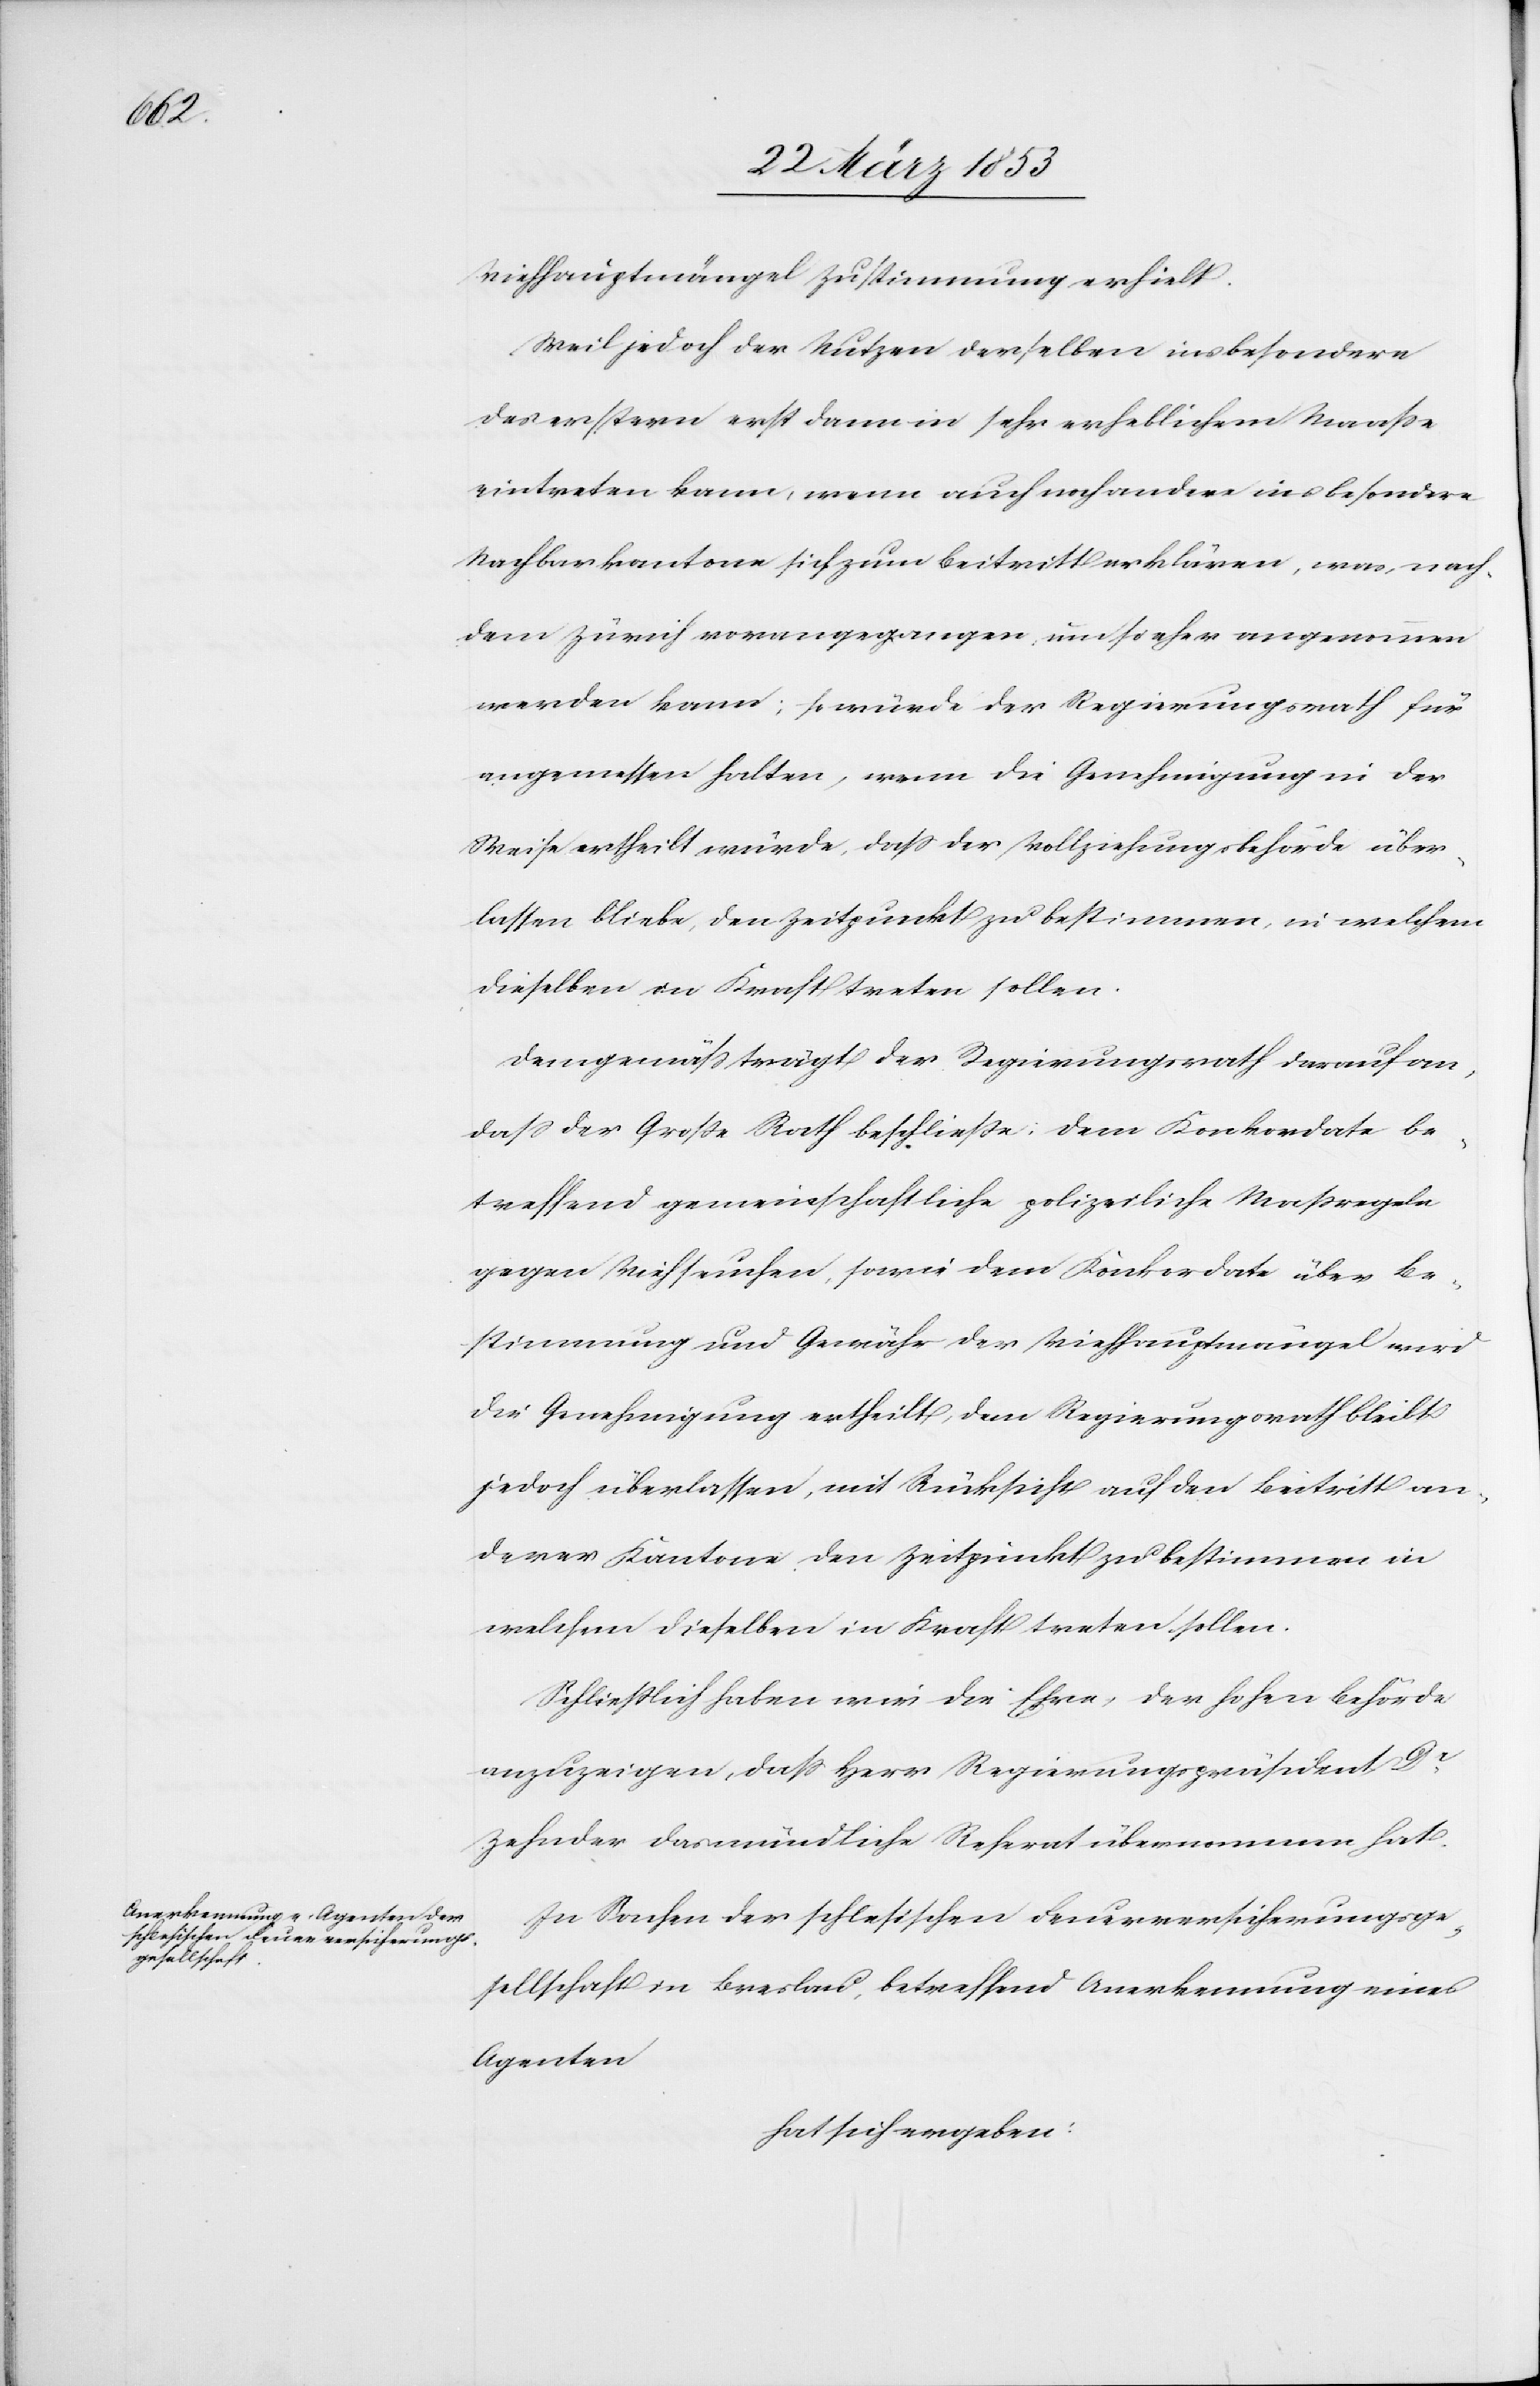
Viehhauptmängel Zustimmung erhielt.
Weil jedoch der Nutzen derselben insbesondere
des erstern erst dann in sehr erheblichem Maaße
eintreten kann, wenn auch noch andere insbesondere
Nachbarkantone sich zum Beitritt erklären, was, nach¬
dem Zürich vorangegangen, um so eher angenommen
werden kann; so würde der Regierungsrath für
angemessen halten, wenn die Genehmigung in der
Weise ertheilt würde, daß der Vollziehungsbehörde über¬
lassen bleibe, den Zeitpunkt zu bestimmen, in welchem
dieselben in Kraft treten sollen.
Demgemäß trägt der Regierungsrath darauf an,
daß der Große Rath beschließe; dem Konkordate be¬
treffend gemeinschaftliche politische Maßregeln
gegen Viehseuchen, sowie dem Konkordate über Be¬
stimmung und Gewähr der Viehhauptmängel wird
die Genehmigung ertheilt, dem Regierungsrath bleibt
jedoch überlassen, mit Rücksicht auf den Beitritt an¬
derer Kantone den Zeitpunkt zu bestimmen in
welchem dieselben in Kraft treten sollen.
Schließlich haben wir die Ehre, der hohen Behörde
anzuzeigen, daß Herr Regierungspräsident Dr.
Zehnder das mündliche Referat übernommen hat.
In Sachen der schlesischen Feuerversicherungsge¬
sellschaft in Breslau, betreffend Anerkennung eines
Agenten
hat sich ergeben: